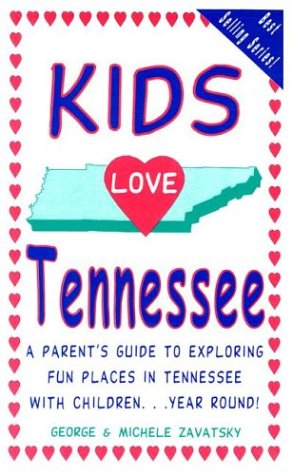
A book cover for Kids Love Tennessee: A Parent's Guide to Exploring Fun Places in Tennessee With Children...Year Round; George A. Zavatsky; Travel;